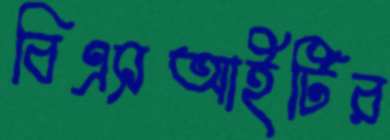
বিএসআইটির